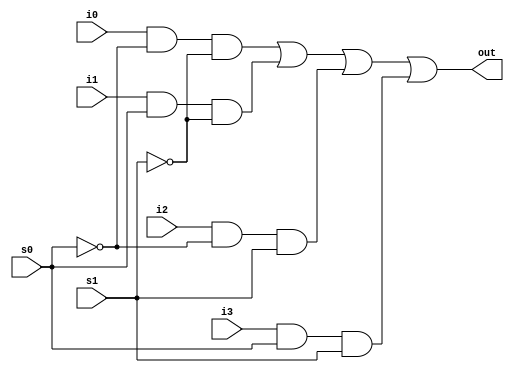
module mux4_to_1 (i0,i1,i2,i3,s0,s1,out);

	input i0,i1,i2,i3,s0,s1;
	output out;
	/* wire can be ignored. everything that isn't wired compiler register them as wires */
	wire i0,i1,i2,i3,s0,s1,out;
	wire and0,and1,and2,and3,ns0,ns1;

	not(ns0,s0);
	not(ns1,s1);
	or(out,and0,and1,and2,and3);
	and(and0,i0,ns0,ns1);
	and(and1,i1,s0,ns1);
	and(and2,i2,ns0,s1);
	and(and3,i3,s0,s1);
	
endmodule // mux4_to_1

module top(); // module top is the module that can call our module
	reg i0,i1,i2,i3,s0,s1;
	wire out;
	mux4_to_1 my_mux(i0,i1,i2,i3,s0,s1,out); // my_mux is an instance of mux4_to_1

	initial 
	begin
		$dumpfile("Mux.vcd");
		$dumpvars(0); // give to dumpfile all variables
	
		$display("\t\ttime \ti0\ti1\ti2\ti3\ts0\ts1\tout"); // display doesn't monitor according time
		$monitor($time,"\t%b\t%b\t%b\t%b\t%b\t%b\t%b",i0,i1,i2,i3,s0,s1,out); // monitor displays according to time
	
		// time = 0
		{i3,i2,i1,i0} = 4'b0001; // i3=0 i2=0 i1=0 i0=1
		{s1,s0} = 2'b00;
	
		#10 // time += 10
		{i3,i2,i1,i0}=4'b0010;
		{s1,s0}=2'b01;
	
		#10 // time += 10
		{i3,i2,i1,i0}=4'b0100;
		{s1,s0}=2'b00;
	
		#10 // time += 10
		$finish;
	
	end // initial
endmodule // top